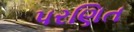
પરણિત